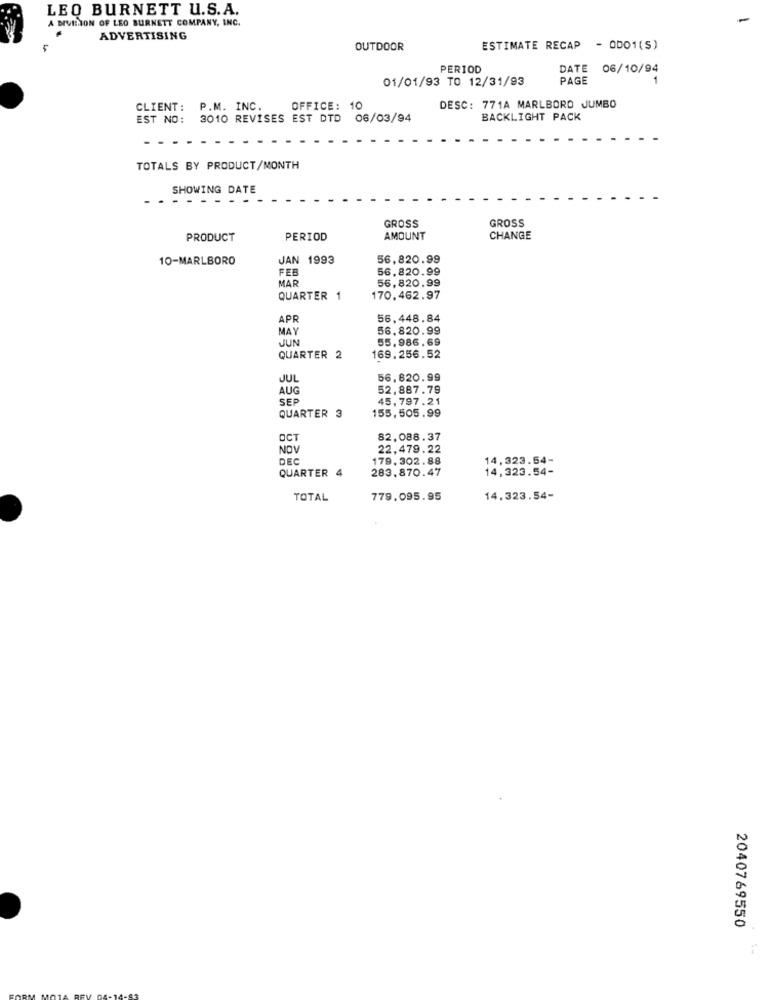
LEO BURNETT U.S.A.
A DIVISION OF LEO BURNETT COMPANY, INC.
ADVERTISING
OUTDOOR
ESTIMATE RECAP - 0DO1(S)
PERIOD
DATE 06/10/94
01/01/93 TO 12/31/93
PAGE
CLIENT: P.M. INC.
OFFICE: 10
DESC: 771A MARLBORO JUMBO
EST NO: 3010 REVISES EST DTD 06/03/94
BACKLIGHT PACK
TOTALS BY PRODUCT/MONTH
SHOWING DATE
-
- - .
GROSS
GROSS
PRODUCT
PERIOD
AMOUNT
CHANGE
10-MARLBORO
JAN 1993
56,820.99
FEB
56,820.99
MAR
56,820.99
QUARTER 1
170.462.97
APR
56.448.84
MAY
56.820.99
JUN
55.986.69
QUARTER 2
169.256.52
JUL
56,820.99
AUG
52,887.79
SER
45,797.21
155,505.99
QUARTER 3
OCT
82,088.37
NOV
22,479.22
DEC
179.302.88
14,323.54-
QUARTER 4
283,870.47
14,323.54-
TOTAL
779.095.95
14.323.54-
2040769550